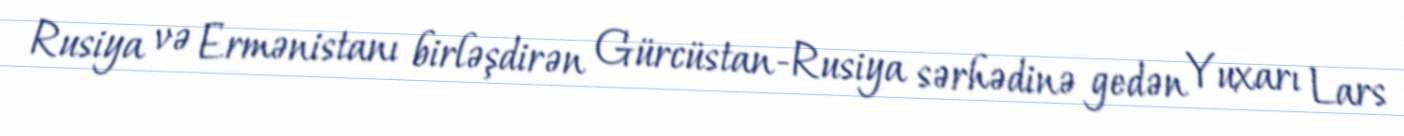
Rusiya və Ermənistanı birləşdirən Gürcüstan-Rusiya sərhədinə gedən Yuxarı Lars